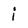
Character: i